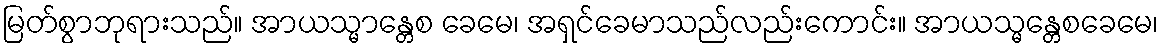
မြတ်စွာဘုရားသည်။ အာယသ္မာန္တေစ ခေမေ၊ အရှင်ခေမာသည်လည်းကောင်း။ အာယသ္မန္တေစခေမေ၊